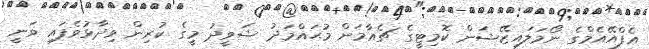
އެފްއޭއެމްގެ ނޯމަލައިޒޭޝަން ކޮމިޓީގެ ޗެއާމަން މުޙައްމަދު ޝަވީދު މީގެ ކުރިން ވިދާޅުވެފައި ވަނީ